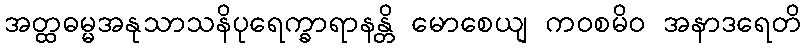
အတ္ထဓမ္မအနုသာသနိပုရေက္ခာရာနန္တိ မောစေယျ ကဝစမိဝ အနာဒရေတိ